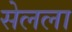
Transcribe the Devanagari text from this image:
सेलला